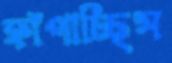
ফাঁপাচ্ছিস